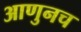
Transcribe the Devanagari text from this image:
आणुनच